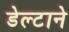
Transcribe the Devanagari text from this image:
डेल्टाने